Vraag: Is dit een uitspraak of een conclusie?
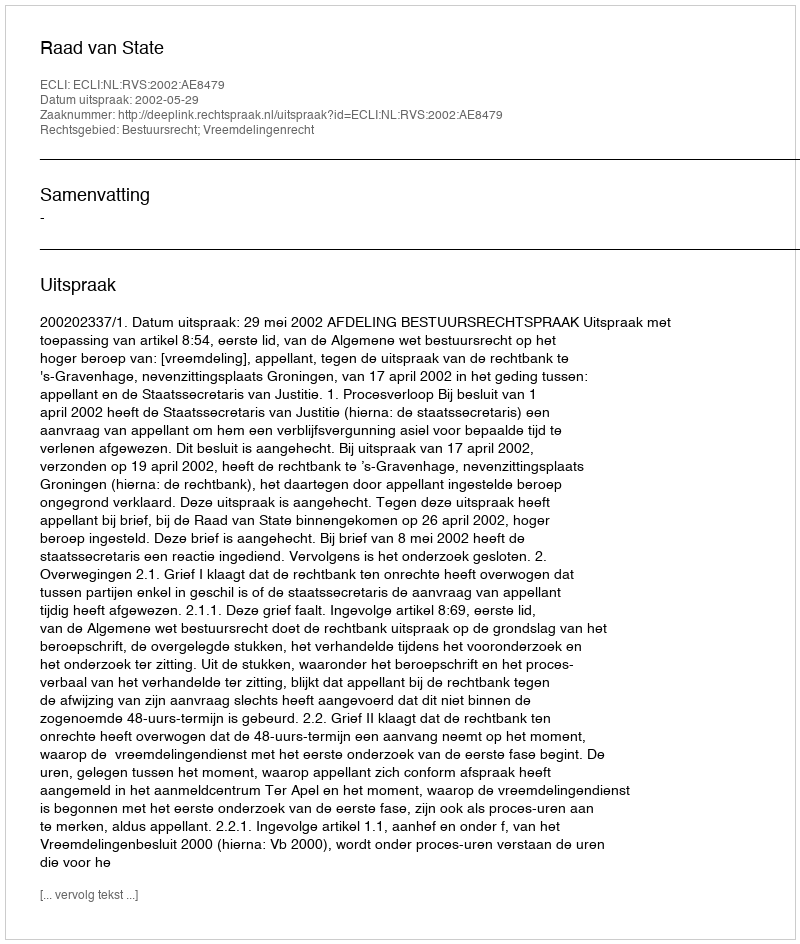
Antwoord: Uitspraak